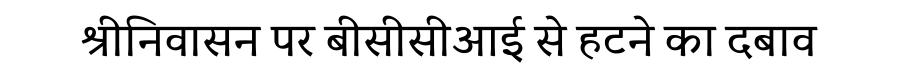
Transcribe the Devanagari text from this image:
श्रीनिवासन पर बीसीसीआई से हटने का दबाव